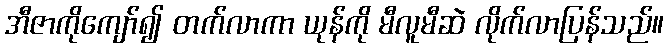
အီဇာကိုကျော်၍ တက်လာကာ ယုန်ကို မီလူမီဆဲ လိုက်လာပြန်သည်။